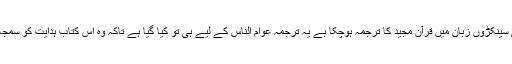
دنیا کی سینکڑوں زبان میں قرآن مجید کا ترجمہ ہوچکا ہے یہ ترجمہ عوام الناس کے لیے ہی تو کیا گیا ہے تاکہ وہ اس کتاب ہدایت کو سمجھ سکیں۔